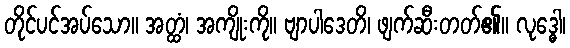
တိုင်ပင်အပ်သော။ အတ္ထံ၊ အကျိုးကို။ ဗျာပါဒေတိ၊ ဖျက်ဆီးတတ်၏။ လုဒ္ဓေါ၊